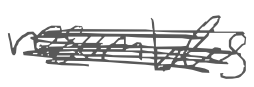
Text: resembles
Cross-out: scratch
Writing tool: digital_gray